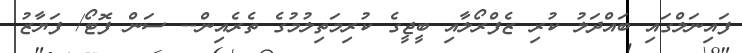
ފައިނަލްގައި ބައްދަލު ކުރި ޒެފްރޯލާއި ބީޖީގެ ކުރިމަތިލުމުގެ ތެރެއިން-- ސަން ފޮޓޯ/ ފަޔާޒު